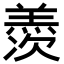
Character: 𮊰